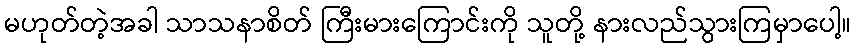
မဟုတ်တဲ့အခါ သာသနာစိတ် ကြီးမားကြောင်းကို သူတို့ နားလည်သွားကြမှာပေါ့။